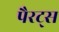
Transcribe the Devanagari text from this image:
पैरट्स